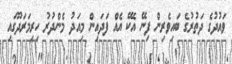
ވައުދުގެ ދަތުރުގެ ބައިވެރިން ފިނޭ އެކޭ އެއް ފަދައިން މިއަދު މެންދުރު ހިރިމަރަދޫގައި